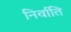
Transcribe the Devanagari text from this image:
निर्वाति